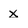
Character: x